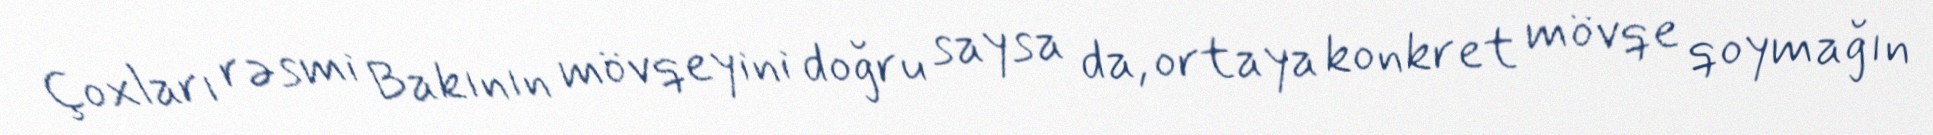
Çoxları rəsmi Bakının mövqeyini doğru saysa da, ortaya konkret mövqe qoymağın